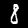
Label: 8